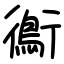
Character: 鵆